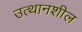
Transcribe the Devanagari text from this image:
उत्थानशील